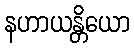
နဟာယန္တိယော